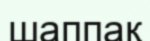
шаппақ